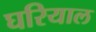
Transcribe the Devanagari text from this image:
घरियाल